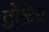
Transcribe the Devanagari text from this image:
डोळेच